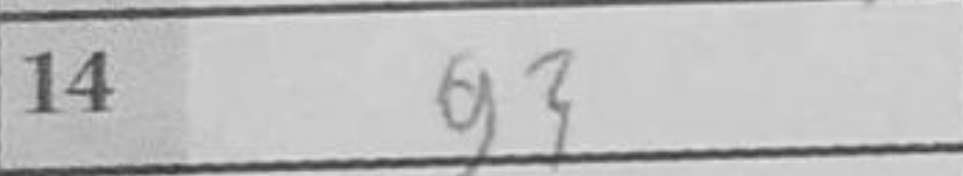
Transcription: g3